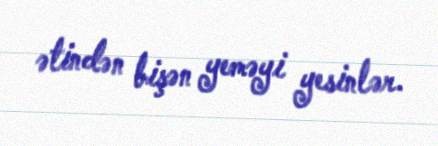
ətindən bişən yeməyi yesinlər.